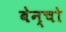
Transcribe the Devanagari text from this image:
बेन्चो